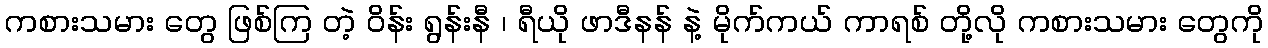
ကစားသမား တွေ ဖြစ်ကြ တဲ့ ဝိန်း ရွန်းနီ ၊ ရီယို ဖာဒီနန် နဲ့ မိုက်ကယ် ကာရစ် တို့လို ကစားသမား တွေကို